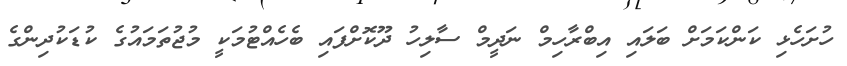
ހުށަހެޅި ކަންކަމަށް ބަލައި އިބްރާހިމް ނަދީމް ސާލިހު ދޫކޮށްފައި ބެހެއްޓުމަކީ މުޖުތަމައުގެ ކުޑަކުދިންގެ